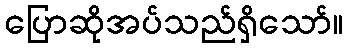
ပြောဆိုအပ်သည်ရှိသော်။